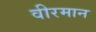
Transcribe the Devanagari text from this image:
वीरमान